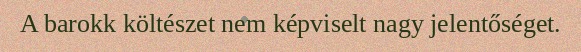
A barokk költészet nem képviselt nagy jelentőséget.